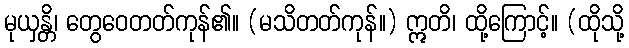
မုယှန္တိ၊ တွေဝေတတ်ကုန်၏။ (မသိတတ်ကုန်။) ဣတိ၊ ထို့ကြောင့်။ (ထိုသို့